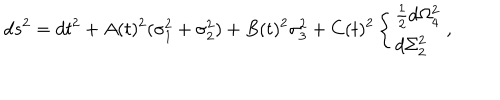
d s ^ { 2 } = d t ^ { 2 } + A ( t ) ^ { 2 } ( \sigma _ { 1 } ^ { 2 } + \sigma _ { 2 } ^ { 2 } ) + B ( t ) ^ { 2 } \sigma _ { 3 } ^ { 2 } + C ( t ) ^ { 2 } \left\{ \begin{array} { l } { { { \frac { 1 } { 2 } } d \Omega _ { 4 } ^ { 2 } } } \\ { { d \Sigma _ { 2 } ^ { 2 } } } \\ \end{array} \right. ,